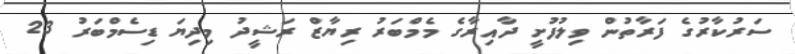
ސަރުކާރުގެ ފަރާތުން ވިލުފުށީ ދާއިރާގެ މެމްބަރު ރިޔާޒް ރަޝީދު މިދިޔަ ޑިސެމްބަރު 23